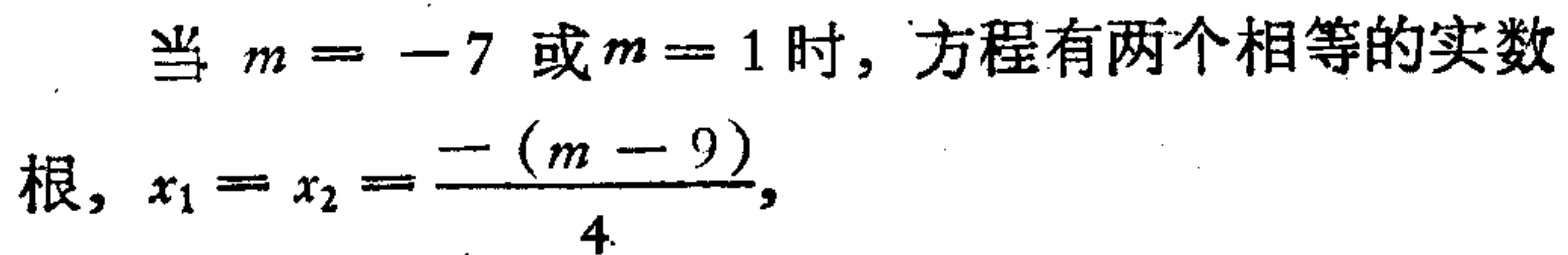
当 \(m = -7\) 或 \(m = 1\) 时，方程有两个相等的实数
根，\(x_{1}=x_{2}=\dfrac{-(m - 9)}{4}\)，